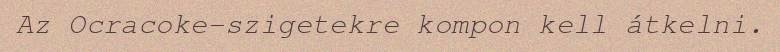
Az Ocracoke-szigetekre kompon kell átkelni.